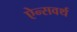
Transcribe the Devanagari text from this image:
ऐन्सवर्थ